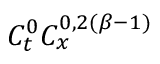
C _ { t } ^ { 0 } C _ { x } ^ { 0 , 2 ( \beta - 1 ) }